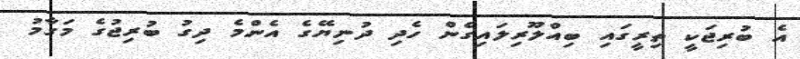
އެ ބުރިޖަކީ ތިރީގައި ބިއްލޫރިލައިގެން ހެދި ދުނިޔޭގެ އެެންމެ ދިގު ބުރިޖުގެ މަގާމު